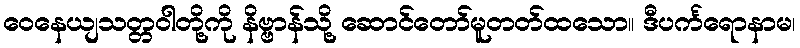
ဝေနေယျသတ္တဝါတို့ကို နိဗ္ဗာန်သို့ ဆောင်တော်မူတတ်ထသော။ ဒီပင်္ကရောနာမ၊